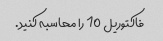
فاکتوریل 10 را محاسبه کنید.